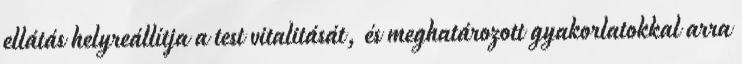
ellátás helyreállítja a test vitalitását, és meghatározott gyakorlatokkal arra